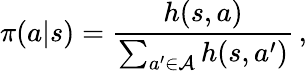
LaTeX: \pi(a|s)=\frac{h(s,a)}{\sum_{a^{\prime}\in\mathcal{A}}h(s,a^{\prime})}\, ,